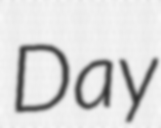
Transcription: Day